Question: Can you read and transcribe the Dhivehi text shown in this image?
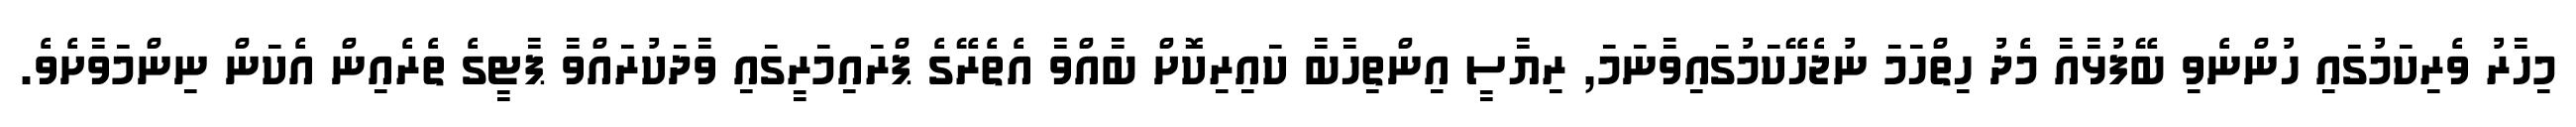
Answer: މިހާރު ވެރިކަމުގައި ހުންނެވި ބޭފުޅާއާ މެދު ހިތްހަމަ ނުޖެހޭކަމުގައިވާނަމަ, ރިޔާސީ އިންތިހާބާ ކައިރިކޮށް ބާއްވާ އެތެރޭގެ ޕްރައިމަރީގައި ވާދަކުރައްވާ ޕާޓީގެ ތެރެއިން އެކަން ނިންމަވާށެވެ.